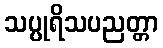
သပ္ပုရိသပညတ္တာ